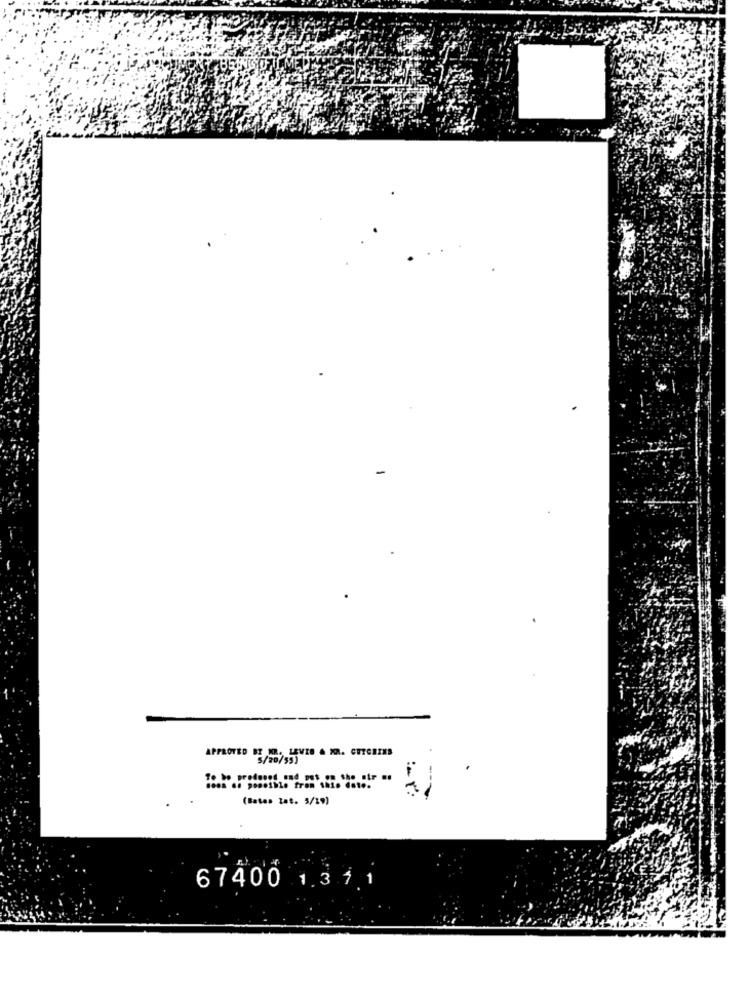
APPROVED BY W. LEVIS & M2. CUTGRIES
5/20/55)
To be produced and put on the air ..
(Batas tat. 5/19)
67400 1.311